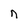
Character: n